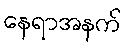
နေရာအနက်